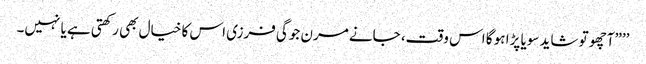
’’”آچھو تو شاید سویا پڑا ہو گا اس وقت، جانے مرن جوگی فرزی اس کا خیال بھی رکھتی ہے یا نہیں۔